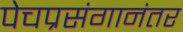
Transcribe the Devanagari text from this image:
पेचप्रसंगानंतर